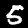
Digit: 5